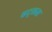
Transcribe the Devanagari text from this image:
एट्लस